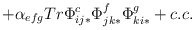
\begin{align*}+ \alpha_{efg} Tr \Phi^c_{ij*}\Phi^f_{jk*}\Phi^g_{ki*} + c.c.\end{align*}